Source: Handwritten
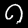
Digit: ၈ (8)